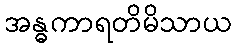
အန္ဓကာရတိမိသာယ